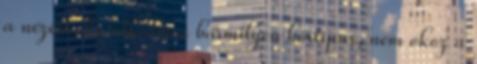
a nézést. Ez alkalmas bármilyen bőrtípus, nem okoz a